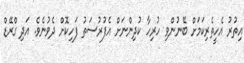
އިތުރު އެހީތެރިކަމަށް ބޭނުންވި ހުރިހާ ކުދިންނަށް އެފުރުސަތު ފަހިކޮށް ދެވުނެވެ. އަދި ގްރޭޑް